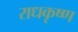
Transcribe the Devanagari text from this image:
राधकृष्ण